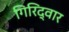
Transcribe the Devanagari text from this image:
गिरिद्वार